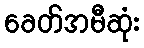
ခေတ်အမီဆုံး